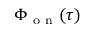
\Phi _ { \mathrm { ~ o ~ n ~ } } ( \tau )